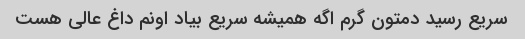
سریع رسید دمتون گرم اگه همیشه سریع بیاد اونم داغ عالی هست